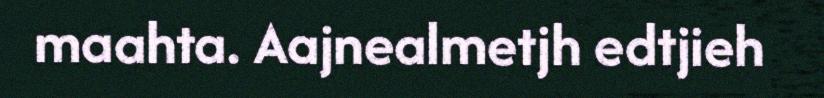
maahta. Aajnealmetjh edtjieh